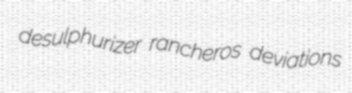
desulphurizer rancheros deviations